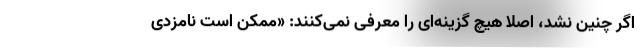
اگر چنین نشد، اصلا هیچ گزینه‌ای را معرفی نمی‌کنند: «ممکن است نامزدی